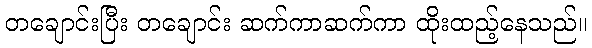
တချောင်းပြီး တချောင်း ဆက်ကာဆက်ကာ ထိုးထည့်နေသည်။